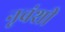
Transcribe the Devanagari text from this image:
नृवंशी